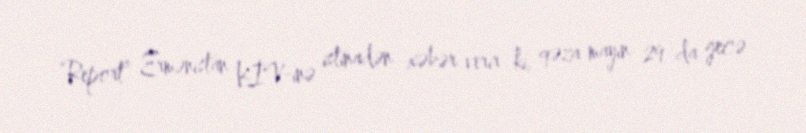
“Report” Ermənistan KİV-inə istinadən xəbər verir ki, qəza mayın 29-da gecə